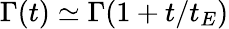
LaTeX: \Gamma(t)\simeq\Gamma(1+t/t_{E})